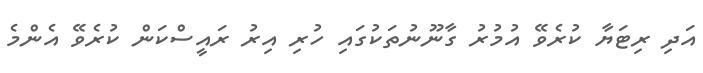
އަދި ރިޓަޔާ ކުރެވޭ އުމުރު ގާނޫނުތަކުގައި ހުރި އިރު ރައީސްކަން ކުރެވޭ އެންމެ